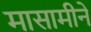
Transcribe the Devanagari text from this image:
मासामीने